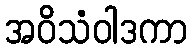
အဝိသံဝါဒကာ